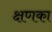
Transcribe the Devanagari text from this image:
क्षणका